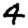
Digit: 4